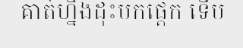
គាត់ហ្នឹងដុះមកផ្តេក ទើប